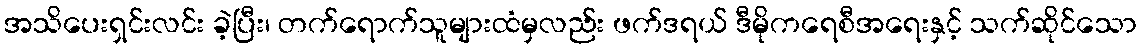
အသိပေးရှင်းလင်း ခဲ့ပြီး၊ တက်ရောက်သူများထံမှလည်း ဖက်ဒရယ် ဒီမိုကရေစီအရေးနှင့် သက်ဆိုင်သော